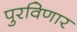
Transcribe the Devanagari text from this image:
पुरविणार